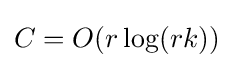
C=O(r\log(rk))